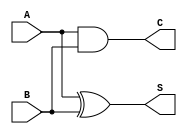
// This program was cloned from: https://github.com/thousrm/universal_NPU-CNN_accelerator
// License: MIT License


module HA(A, B, S, C);

input A, B;
output S, C;

assign S = A ^ B;
assign C = A & B;

endmodule